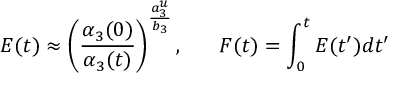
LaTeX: E ( t ) \approx \left( { \frac { \alpha _ { 3 } ( 0 ) } { \alpha _ { 3 } ( t ) } } \right) ^ { { \frac { a _ { 3 } ^ { u } } { b _ { 3 } } } } , ~ ~ ~ ~ ~ F ( t ) = \int _ { 0 } ^ { t } E ( t ^ { \prime } ) d t ^ { \prime }